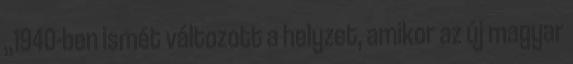
,,1940-ben ismét változott a helyzet, amikor az új magyar